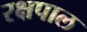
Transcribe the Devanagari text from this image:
रक्षपाल